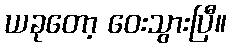
ယခုတော့ ဝေးသွားပြီ။